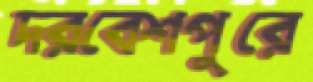
দরবেশপুরে